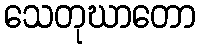
သေတုဃာတော